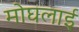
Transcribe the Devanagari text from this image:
मोघलाई